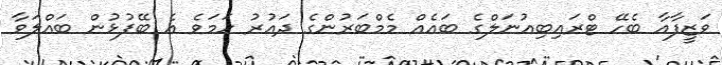
ވަޒީފާއާ ބެހޭ ޓްރައިބިއުނަލްގެ ބައެއް މެމްބަރުންގެ ދައުރު ހަމަވެ އެ ބޭފުޅުން ބައްލަވާ